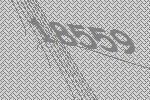
18559